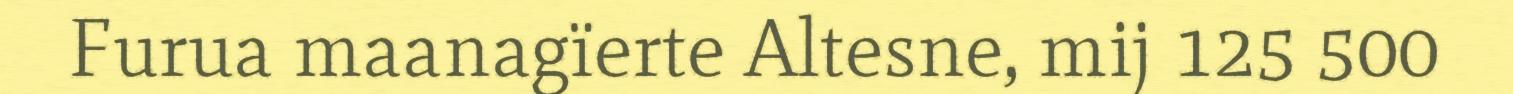
Furua maanagïerte Altesne, mij 125 500